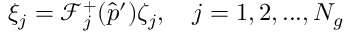
\xi _ { j } = \mathcal { F } _ { j } ^ { + } ( \hat { p } ^ { \prime } ) \zeta _ { j } , \quad j = 1 , 2 , . . . , N _ { g }